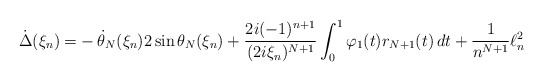
\begin{align*}\dot\Delta(\xi_n)=& -\dot \theta_N(\xi_n)2 \sin \theta_N(\xi_n)+ \frac{2i(-1)^{n+1}}{(2i\xi_n)^{N+1}}\int_0^1\varphi_1(t)r_{N+1}(t)\,dt+\frac{1}{n^{N+1}}\ell^2_n\end{align*}